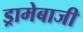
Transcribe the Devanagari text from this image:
ड्रामेबाजी